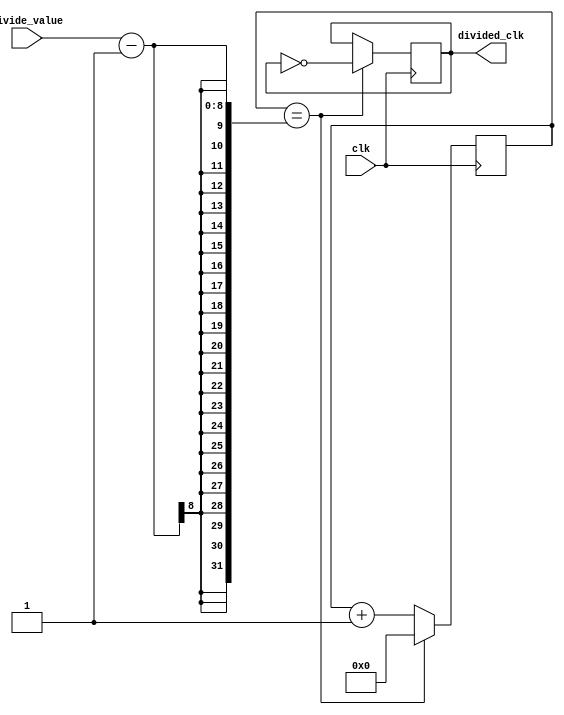
module clock_divider (
    input wire clk, // input clock signal
    input wire [7:0] divide_value, // programmable divider value
    output reg divided_clk // output divided clock signal
);

reg [7:0] counter; // counter to keep track of number of clock cycles

always @(posedge clk) begin
    if (counter == divide_value - 1) begin
        counter <= 0;
        divided_clk <= ~divided_clk; // toggle output clock signal
    end else begin
        counter <= counter + 1;
    end
end

endmodule